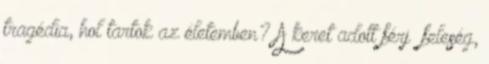
tragédia, hol tartok az életemben? A keret adott férj feleség,